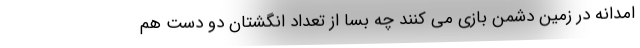
امدانه در زمین دشمن بازی می کنند چه بسا از تعداد انگشتان دو دست هم